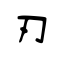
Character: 刃